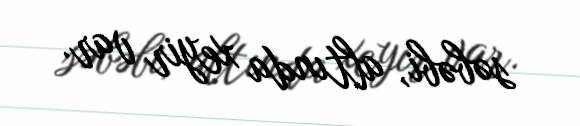
səbəbi, altında xeyir var.